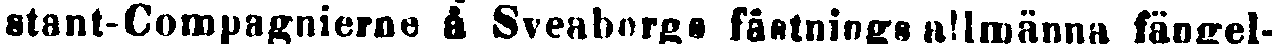
stant-Compagnierne å Sveaborgs fästnings allmänn fängel-